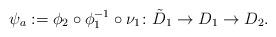
LaTeX: \begin{align*}\psi_a:= \phi_2 \circ \phi_1^{-1} \circ \nu_1 \colon \tilde{D}_1 \rightarrow D_1 \rightarrow D_2. \end{align*}